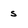
Character: s